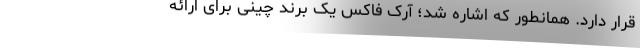
قرار دارد. همانطور که اشاره شد؛ آرک فاکس یک برند چینی برای ارائه